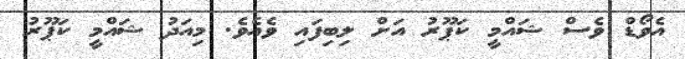
އެވޯޑް ވެސް ޝައްމީ ކަޕޫރު އަށް ލިބިފައި ވެއެވެ. މިއަދު ޝައްމީ ކަޕޫރު